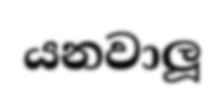
යනවාලූ